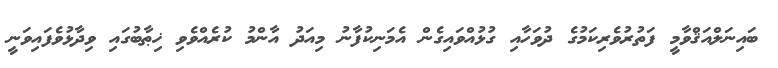
ބައިނަލްއަޤްވާމީ ފަތުުރުވެރިކަމުގެ ދުވަހާއި ގުޅުއްވައިގެން އެމަނިކުފާނު މިއަދު އާންމު ކުރެއްވެވި ޚިޠާބުގައި ވިދާޅުވެފައިވަނީ